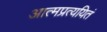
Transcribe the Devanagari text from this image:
आत्मप्रत्ययितं